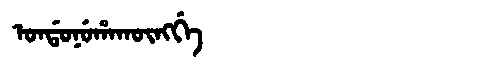
Manchu: ᠣᠨᡩᠣᠨᡠᡥᠠᡴᡡᠩᡤᡝ
Romanization: ONDONUHAKŪNGGE